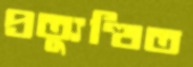
প্রত্যুত্থিত